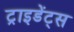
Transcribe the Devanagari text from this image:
ट्राइडेंट्स